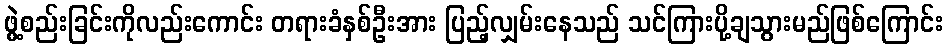
ဖွဲ့စည်းခြင်းကိုလည်းကောင်း တရားခံနှစ်ဦးအား ပြည့်လျှမ်းနေသည် သင်ကြားပို့ချသွားမည်ဖြစ်ကြောင်း